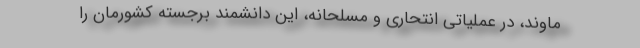
ماوند، در عملیاتی انتحاری و مسلحانه، این دانشمند برجسته کشورمان را